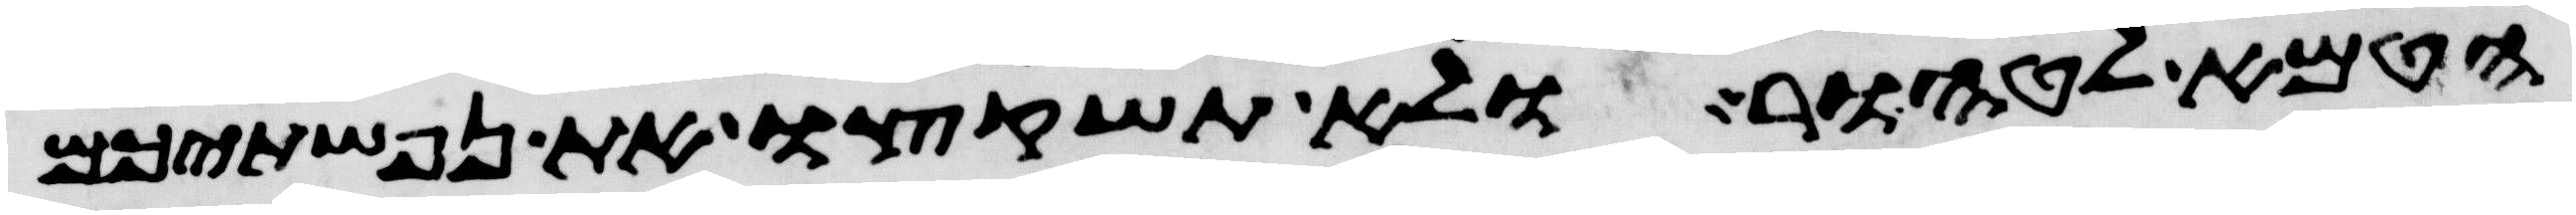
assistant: הטמא לטהור ולא תשקצו את נפשתיכם